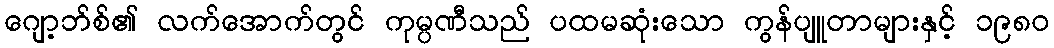
ဂျော့ဘ်စ်၏ လက်အောက်တွင် ကုမ္ပဏီသည် ပထမဆုံးသော ကွန်ပျူတာများနှင့် ၁၉၈၀